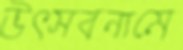
উৎসবনামে